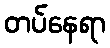
တပ်နေရာ